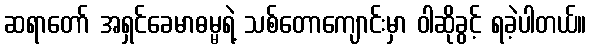
ဆရာတော် အရှင်ခေမာဓမ္မရဲ့ သစ်တောကျောင်းမှာ ဝါဆိုခွင့် ရခဲ့ပါတယ်။